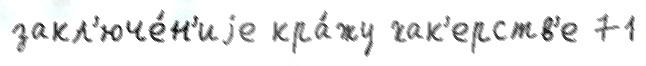
закл'юче́н'иjе кра́жу хак'ерств'е 71